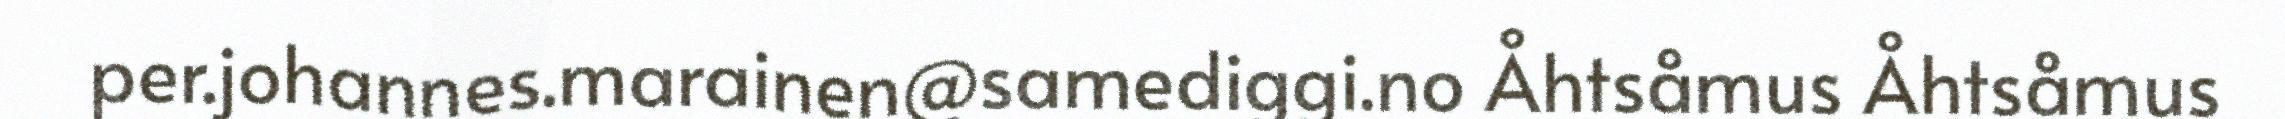
per.johannes.marainen@samediggi.no Åhtsåmus Åhtsåmus